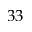
3 3